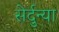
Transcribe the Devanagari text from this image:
सेर्दुन्या